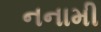
નનામી